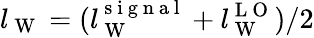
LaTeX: l_{\mathrm{~W~}}=(l_{\mathrm{~W~}}^{\mathrm{~s~i~g~n~a~l~}}+l_{\mathrm{~W~}}^{\mathrm{~L~O~}})/2